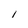
Character: 1